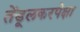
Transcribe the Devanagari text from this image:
तेंडूलकरपेक्षा